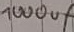
Text: 1000µF